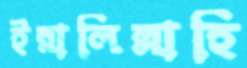
ইন্নালিল্লাহি